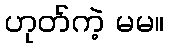
ဟုတ်ကဲ့ မမ။